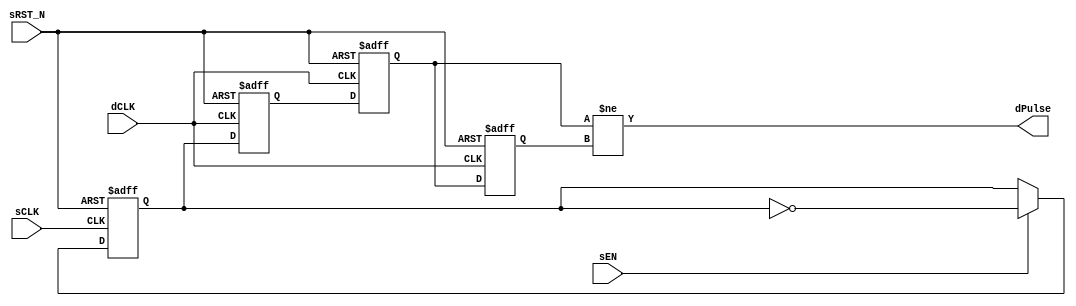

// Copyright (c) 2000-2009 Bluespec, Inc.

// Permission is hereby granted, free of charge, to any person obtaining a copy
// of this software and associated documentation files (the "Software"), to deal
// in the Software without restriction, including without limitation the rights
// to use, copy, modify, merge, publish, distribute, sublicense, and/or sell
// copies of the Software, and to permit persons to whom the Software is
// furnished to do so, subject to the following conditions:

// The above copyright notice and this permission notice shall be included in
// all copies or substantial portions of the Software.

// THE SOFTWARE IS PROVIDED "AS IS", WITHOUT WARRANTY OF ANY KIND, EXPRESS OR
// IMPLIED, INCLUDING BUT NOT LIMITED TO THE WARRANTIES OF MERCHANTABILITY,
// FITNESS FOR A PARTICULAR PURPOSE AND NONINFRINGEMENT. IN NO EVENT SHALL THE
// AUTHORS OR COPYRIGHT HOLDERS BE LIABLE FOR ANY CLAIM, DAMAGES OR OTHER
// LIABILITY, WHETHER IN AN ACTION OF CONTRACT, TORT OR OTHERWISE, ARISING FROM,
// OUT OF OR IN CONNECTION WITH THE SOFTWARE OR THE USE OR OTHER DEALINGS IN
// THE SOFTWARE.
//
// $Revision: 17872 $
// $Date: 2009-09-18 14:32:56 +0000 (Fri, 18 Sep 2009) $

`ifdef BSV_ASSIGNMENT_DELAY
`else
`define BSV_ASSIGNMENT_DELAY
`endif

// A pulse based clock domain synchronization scheme.
// When a sEN is asserted, a pulse is eventually sent to dPulse in the
// destination clock domain.
// Close and Multiple asserts of sEN may not be seen at the destination side.
// Reset signal is not needed since it a pulse-based, rather than
// level-based protocol
// Delay is 2 dCLK cycle.  
// dPulse is not registered.
module SyncPulse(
                  sCLK,
                  sRST_N,
                  dCLK,
                  sEN,
                  dPulse
                  );

   // source clock ports
   input     sCLK ;
   input     sRST_N ;
   input     sEN ;
   
   // destination clock ports
   input     dCLK ;
   output    dPulse ;
   
   // Flops to hold data
   reg       sSyncReg;
   reg       dSyncReg1, dSyncReg2;
   reg       dSyncPulse;
   
   assign    dPulse = dSyncReg2 != dSyncPulse ;
   
   always @(posedge sCLK or negedge sRST_N)
     begin
        if (sRST_N == 0)
          sSyncReg <= `BSV_ASSIGNMENT_DELAY 1'b0 ;
        else
          begin
             if ( sEN )
               begin
                  sSyncReg <= `BSV_ASSIGNMENT_DELAY ! sSyncReg ;
               end
          end // else: !if(sRST_N == 0)
     end // always @ (posedge sCLK or negedge sRST_N)


   always @(posedge dCLK or negedge sRST_N )
      begin
         if (sRST_N == 0)
            begin
               dSyncReg1 <= `BSV_ASSIGNMENT_DELAY 1'b0 ;               
               dSyncReg2 <= `BSV_ASSIGNMENT_DELAY 1'b0 ;
               dSyncPulse <= `BSV_ASSIGNMENT_DELAY 1'b0 ;
            end // if (sRST_N == 0)
         else
           begin
              dSyncReg1 <= `BSV_ASSIGNMENT_DELAY sSyncReg ;// domain crossing
              dSyncReg2 <= `BSV_ASSIGNMENT_DELAY dSyncReg1 ;
              dSyncPulse <= `BSV_ASSIGNMENT_DELAY dSyncReg2 ;
           end // else: !if(sRST_N == 0)
      end // always @ (posedge dCLK or negedge sRST_N )
   
`ifdef BSV_NO_INITIAL_BLOCKS
`else // not BSV_NO_INITIAL_BLOCKS
   // synopsys translate_off
   initial
      begin
         sSyncReg   = 1'b0 ;
         dSyncReg1  = 1'b0 ;
         dSyncReg2  = 1'b0 ;
         dSyncPulse = 1'b0 ;
      end // initial begin
   // synopsys translate_on
`endif // BSV_NO_INITIAL_BLOCKS

endmodule // PulseSync